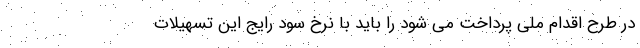
در طرح اقدام ملی پرداخت می شود را باید با نرخ سود رایج این تسهیلات